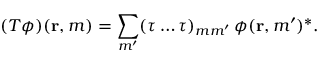
( T \phi ) ( { \mathbf { r } } , m ) = \sum _ { m ^ { \prime } } ( \tau \ldots \tau ) _ { m m ^ { \prime } } \, \phi ( { \mathbf { r } } , m ^ { \prime } ) ^ { * } .